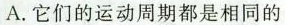
A.它们的运动周期都是相同的